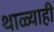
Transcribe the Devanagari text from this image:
थाळ्याही